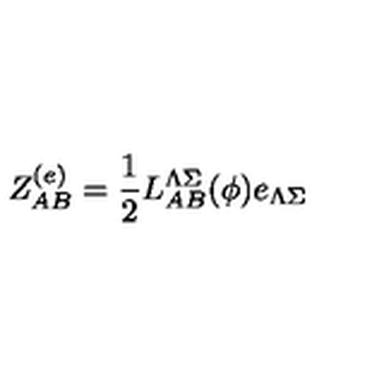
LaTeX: Z _ { A B } ^ { ( e ) } = { \frac { 1 } { 2 } } L _ { A B } ^ { \Lambda \Sigma } ( \phi ) e _ { \Lambda \Sigma }